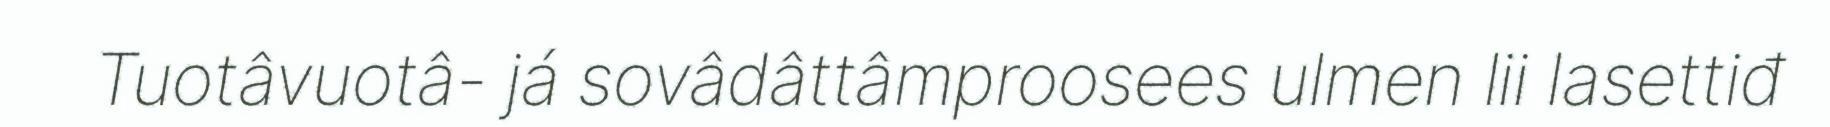
Tuotâvuotâ- já sovâdâttâmproosees ulmen lii lasettiđ